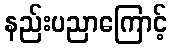
နည်းပညာကြောင့်